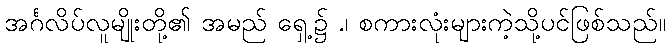
အင်္ဂလိပ်လူမျိုးတို့၏ အမည် ရှေ့၌ .၊ စကားလုံးများကဲ့သို့ပင်ဖြစ်သည်။